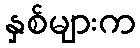
နှစ်များက